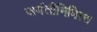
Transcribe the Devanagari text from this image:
जयंतीनिमित्‍त